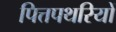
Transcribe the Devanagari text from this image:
पित्तपथरियों